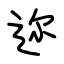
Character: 迩